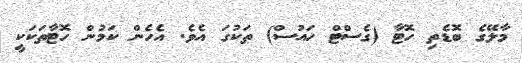
މާލޭގެ ބޮޑެތި ހޮޓާ (ގެސްޓް ހައުސް) ތަކުގަ އެވެ. އެހެން ކަމުން ހޮޓާތަކަކީ